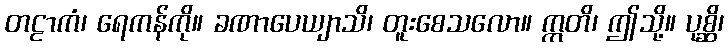
တဠာကံ၊ ရေကန်ကို။ ခဏာပေယျာသိ၊ တူးစေသလော။ ဣတိ၊ ဤသို့။ ပုစ္ဆိ၊